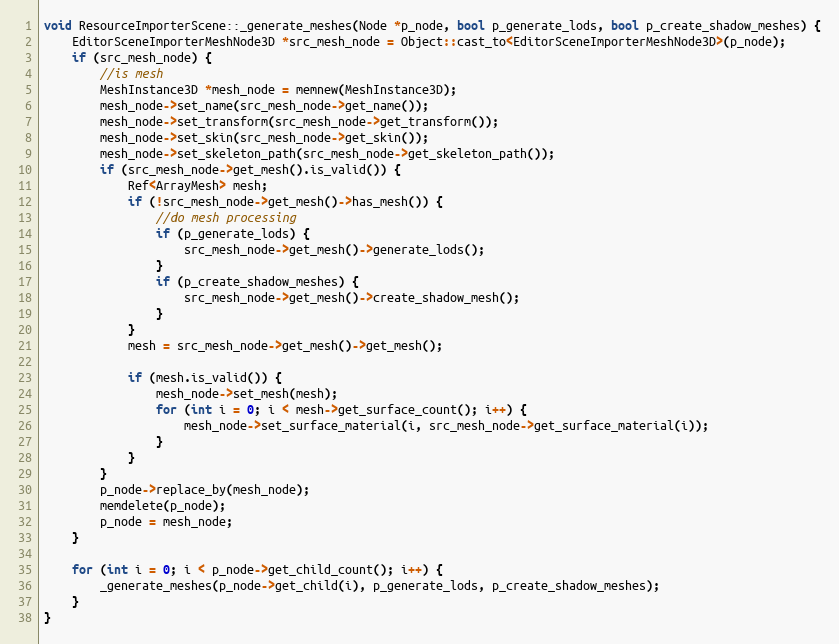
Language: C++
void ResourceImporterScene::_generate_meshes(Node *p_node, bool p_generate_lods, bool p_create_shadow_meshes) {
	EditorSceneImporterMeshNode3D *src_mesh_node = Object::cast_to<EditorSceneImporterMeshNode3D>(p_node);
	if (src_mesh_node) {
		//is mesh
		MeshInstance3D *mesh_node = memnew(MeshInstance3D);
		mesh_node->set_name(src_mesh_node->get_name());
		mesh_node->set_transform(src_mesh_node->get_transform());
		mesh_node->set_skin(src_mesh_node->get_skin());
		mesh_node->set_skeleton_path(src_mesh_node->get_skeleton_path());
		if (src_mesh_node->get_mesh().is_valid()) {
			Ref<ArrayMesh> mesh;
			if (!src_mesh_node->get_mesh()->has_mesh()) {
				//do mesh processing
				if (p_generate_lods) {
					src_mesh_node->get_mesh()->generate_lods();
				}
				if (p_create_shadow_meshes) {
					src_mesh_node->get_mesh()->create_shadow_mesh();
				}
			}
			mesh = src_mesh_node->get_mesh()->get_mesh();

			if (mesh.is_valid()) {
				mesh_node->set_mesh(mesh);
				for (int i = 0; i < mesh->get_surface_count(); i++) {
					mesh_node->set_surface_material(i, src_mesh_node->get_surface_material(i));
				}
			}
		}
		p_node->replace_by(mesh_node);
		memdelete(p_node);
		p_node = mesh_node;
	}

	for (int i = 0; i < p_node->get_child_count(); i++) {
		_generate_meshes(p_node->get_child(i), p_generate_lods, p_create_shadow_meshes);
	}
}